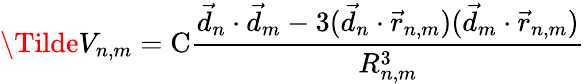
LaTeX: \Tilde{V}_{n,m}=\textrm{C}\frac{\vec{d}_{n}\cdot\vec{d}_{m}-3(\vec{d}_{n}\cdot\vec{r}_{n,m})(\vec{d}_{m}\cdot\vec{r}_{n,m})}{R_{n,m}^{3}}